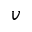
v